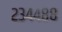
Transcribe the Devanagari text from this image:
२३४४८८